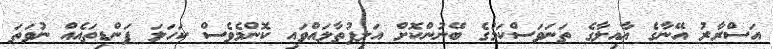
އަސްރާރު އޭނާގެ ޢާއިލާގެ ތަނަވަސްކަމުގެ ބޭނުންކޮށް އަލިފުތާލައްވައި ކޮންމެވެސް ކަހަލަ ފަންޑިތައެއް ނުވަތަ